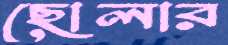
ছোলার